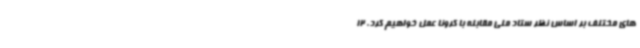
های مختلف بر اساس نظر ستاد ملی مقابله با کرونا عمل خواهیم کرد. 12